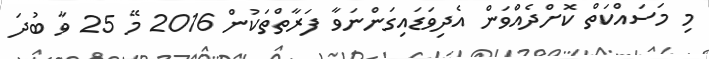
މި މަސައްކަތް ކޮށްދެއްވަން އެދިވަޑައިގަންނަވާ ފަރާތްތަކުން 2016 މޭ 25 ވާ ބުދަ